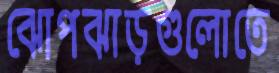
ঝোপঝাড়গুলোতে